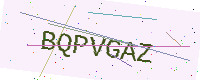
Text: BQPVGAZ